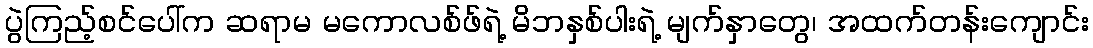
ပွဲကြည့်စင်ပေါ်က ဆရာမ မကောလစ်ဖ်ရဲ့ မိဘနှစ်ပါးရဲ့ မျက်နှာတွေ၊ အထက်တန်းကျောင်း